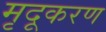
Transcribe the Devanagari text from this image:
मृदूकरण